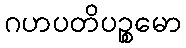
ဂဟပတိပဉ္စမော